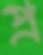
প্র